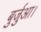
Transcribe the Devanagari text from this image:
बुर्जुआ।